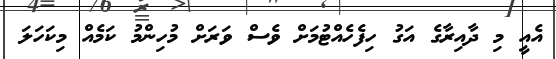
އެއީ މި ދާއިރާގެ އަގު ހިފެހެއްޓުމަށް ވެސް ވަރަށް މުހިންމު ކަމެއް މިކަހަލަ